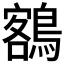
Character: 𪃭